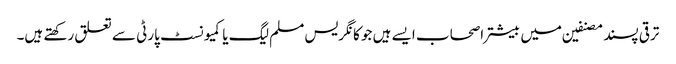
ترقی پسند مصنفین میں بیشتر اصحاب ایسے ہیں جو کانگریس مسلم لیگ یا کمیونسٹ پارٹی سے تعلق رکھتے ہیں۔